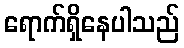
ရောက်ရှိနေပါသည်